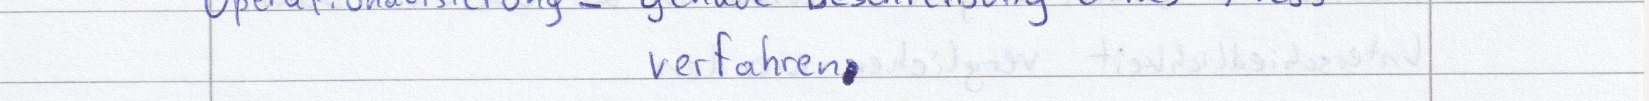
verfahren.